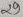
Text: 29